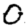
Digit: 0